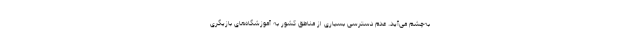
به‌چشم می‌آید. عدم دسترسی بسیاری از مناطق کشور به آموزشگاه‌های بازیگری